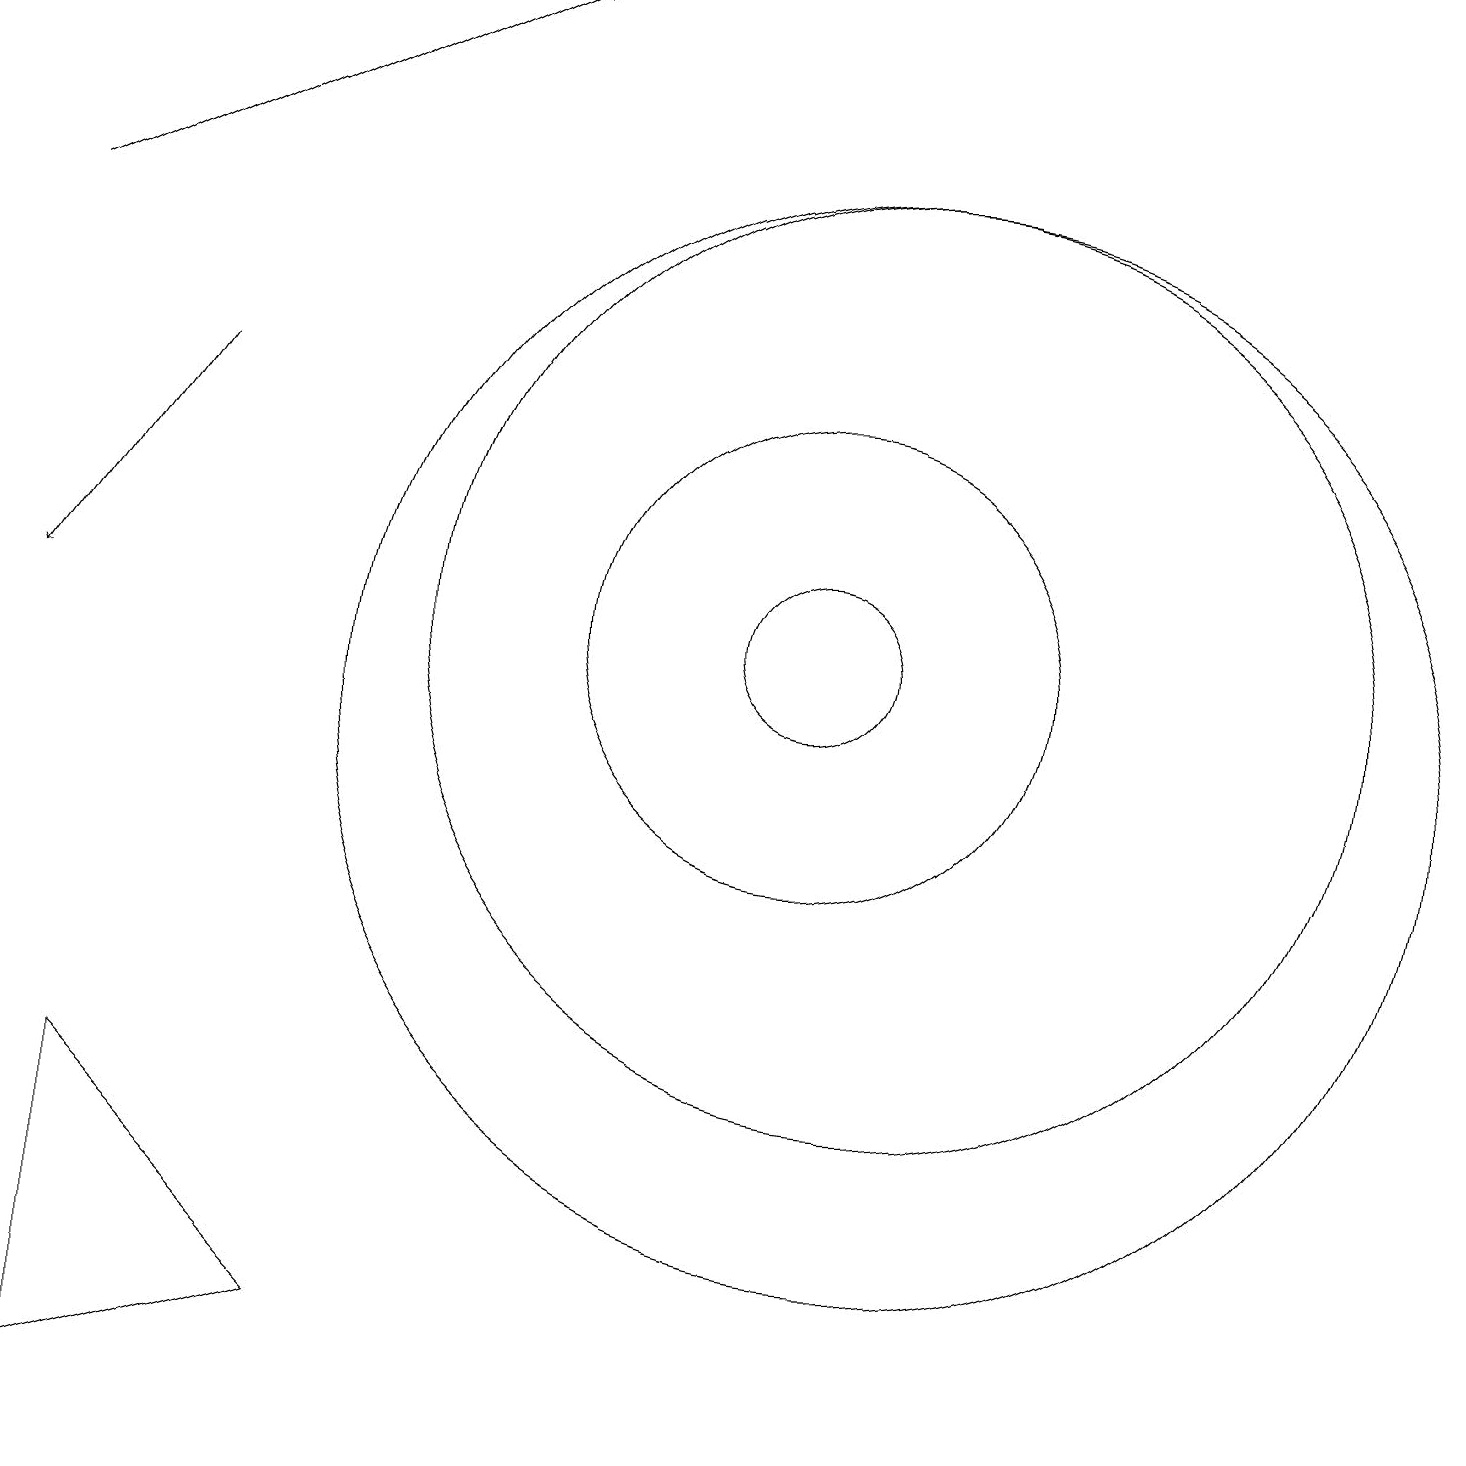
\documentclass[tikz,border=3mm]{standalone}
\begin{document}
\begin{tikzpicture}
\draw[->] (2,14) -- (0,11);
\draw (11,10) circle (7);
\draw (10,11) circle (3);
\draw (10,11) circle (1);
\draw (12,10) circle (0);
\draw (11,11) circle (6);
\draw[->] (0,16) -- (6,19);
\draw (4,2) -- (1,1) -- (1,5) -- cycle;
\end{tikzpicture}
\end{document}